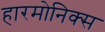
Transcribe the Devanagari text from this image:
हारमोनिक्स